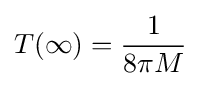
T(\infty )={\frac {1}{8\pi M}}